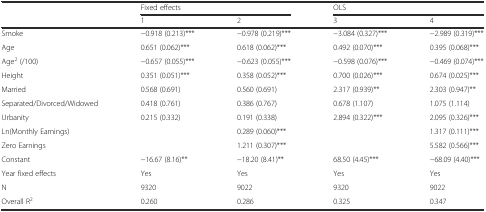
<table><thead><tr><td rowspan="2"></td><td colspan="2"><b>Fixed effects</b></td><td colspan="2"><b>OLS</b></td></tr><tr><td><b>1</b></td><td><b>2</b></td><td><b>3</b></td><td><b>4</b></td></tr></thead><tbody><tr><td>Smoke</td><td>−0.918 (0.213)***</td><td>−0.978 (0.219)***</td><td>−3.084 (0.327)***</td><td>−2.989 (0.319)***</td></tr><tr><td>Age</td><td>0.651 (0.062)***</td><td>0.618 (0.062)***</td><td>0.492 (0.070)***</td><td>0.395 (0.068)***</td></tr><tr><td>Age<sup>2</sup> (/100)</td><td>−0.657 (0.055)***</td><td>−0.623 (0.055)***</td><td>−0.598 (0.076)***</td><td>−0.469 (0.074)***</td></tr><tr><td>Height</td><td>0.351 (0.051)***</td><td>0.358 (0.052)***</td><td>0.700 (0.026)***</td><td>0.674 (0.025)***</td></tr><tr><td>Married</td><td>0.568 (0.691)</td><td>0.560 (0.691)</td><td>2.317 (0.939)**</td><td>2.303 (0.947)**</td></tr><tr><td>Separated/Divorced/Widowed</td><td>0.418 (0.761)</td><td>0.386 (0.767)</td><td>0.678 (1.107)</td><td>1.075 (1.114)</td></tr><tr><td>Urbanity</td><td>0.215 (0.332)</td><td>0.191 (0.338)</td><td>2.894 (0.322)***</td><td>2.095 (0.326)***</td></tr><tr><td>Ln(Monthly Earnings)</td><td></td><td>0.289 (0.060)***</td><td></td><td>1.317 (0.111)***</td></tr><tr><td>Zero Earnings</td><td></td><td>1.211 (0.307)***</td><td></td><td>5.582 (0.566)***</td></tr><tr><td>Constant</td><td>−16.67 (8.16)**</td><td>−18.20 (8.41)**</td><td>68.50 (4.45)***</td><td>−68.09 (4.40)***</td></tr><tr><td>Year fixed effects</td><td>Yes</td><td>Yes</td><td>Yes</td><td>Yes</td></tr><tr><td>N</td><td>9320</td><td>9022</td><td>9320</td><td>9022</td></tr><tr><td>Overall R<sup>2</sup></td><td>0.260</td><td>0.286</td><td>0.325</td><td>0.347</td></tr></tbody></table>